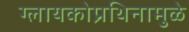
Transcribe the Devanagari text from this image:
ग्लायकोप्रथिनामुळे